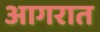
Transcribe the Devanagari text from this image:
आगरात